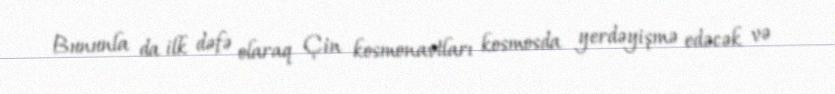
Bununla da ilk dəfə olaraq Çin kosmonavtları kosmosda yerdəyişmə edəcək və